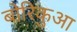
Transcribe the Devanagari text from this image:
बोरिकुआ